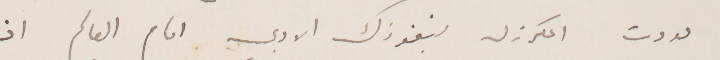
عدوت المكرزل بنفوذك الادبي امام العالم اذ